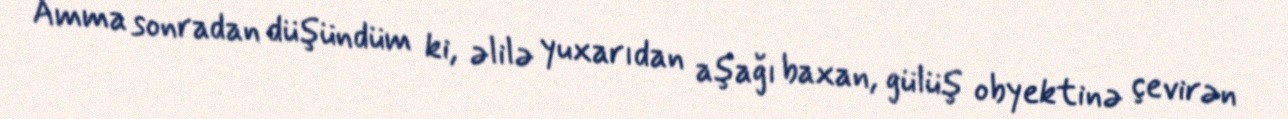
Amma sonradan düşündüm ki, əlilə yuxarıdan aşağı baxan, gülüş obyektinə çevirən